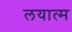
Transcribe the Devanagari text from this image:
लयात्म